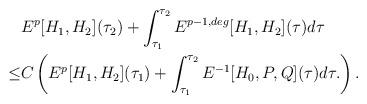
LaTeX: \begin{align*}&E^p[H_1,H_2](\tau_2)+\int_{\tau_1}^{\tau_2} E^{p-1,deg}[H_1,H_2](\tau)d\tau\\\leq &C\left( E^p[H_1,H_2](\tau_1)+\int_{\tau_1}^{\tau_2} E^{-1}[H_0,P,Q](\tau)d\tau. \right).\end{align*}